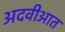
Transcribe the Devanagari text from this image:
अदवीआत